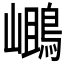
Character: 𪂓